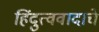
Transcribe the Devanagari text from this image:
हिंदुत्ववादाचे